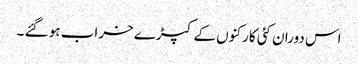
اس دوران کئی کارکنوں کے کپڑے خراب ہو گئے ۔